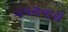
વપરાનારો